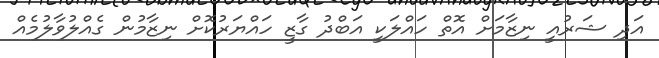
އަދި ޝަރުއީ ނިޒާމަށް އޮތް ހައްލަކީ އަބްދު ގާޒީ ހައްޔަރުކޮށް ނިޒާމުން ގެއްލުވާލުމެއް